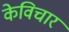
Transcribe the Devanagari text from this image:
केविचार